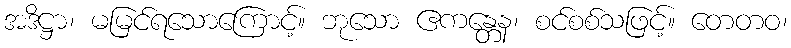
အဒိဋ္ဌာ၊ မမြင်ရသောကြောင့်။ ဘုသော ဧကန္တေန၊ စင်စစ်သဖြင့်။ တေတဝ၊